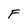
Character: F